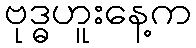
ဗုဒ္ဓဟူးနေ့က